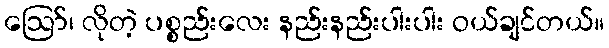
ဪ၊ လိုတဲ့ ပစ္စည်းလေး နည်းနည်းပါးပါး ဝယ်ချင်တယ်။